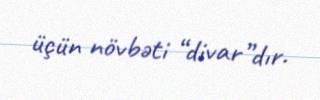
üçün növbəti “divar”dır.